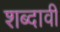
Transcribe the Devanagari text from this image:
शब्दावी